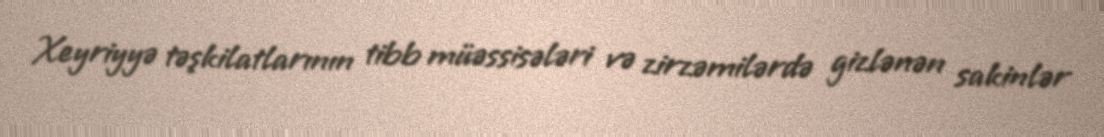
Xeyriyyə təşkilatlarının tibb müəssisələri və zirzəmilərdə gizlənən sakinlər